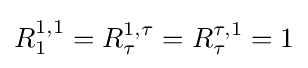
R_{1}^{1,1}=R_{\tau }^{1,\tau }=R_{\tau }^{\tau ,1}=1